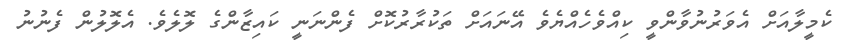
ކެމީލާއަށް އެވަރުނުވާންވީ ކިއްވެހެއްޔެވެ އޭނައަށް ތަކުރާރުކޮށް ފެންނަނީ ކައިޒާންގެ ލޮލެވެ. އެލޮލުން ފެނުނު